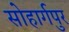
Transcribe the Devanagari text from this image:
सोहार्गपुर